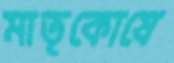
মাতৃকোষে